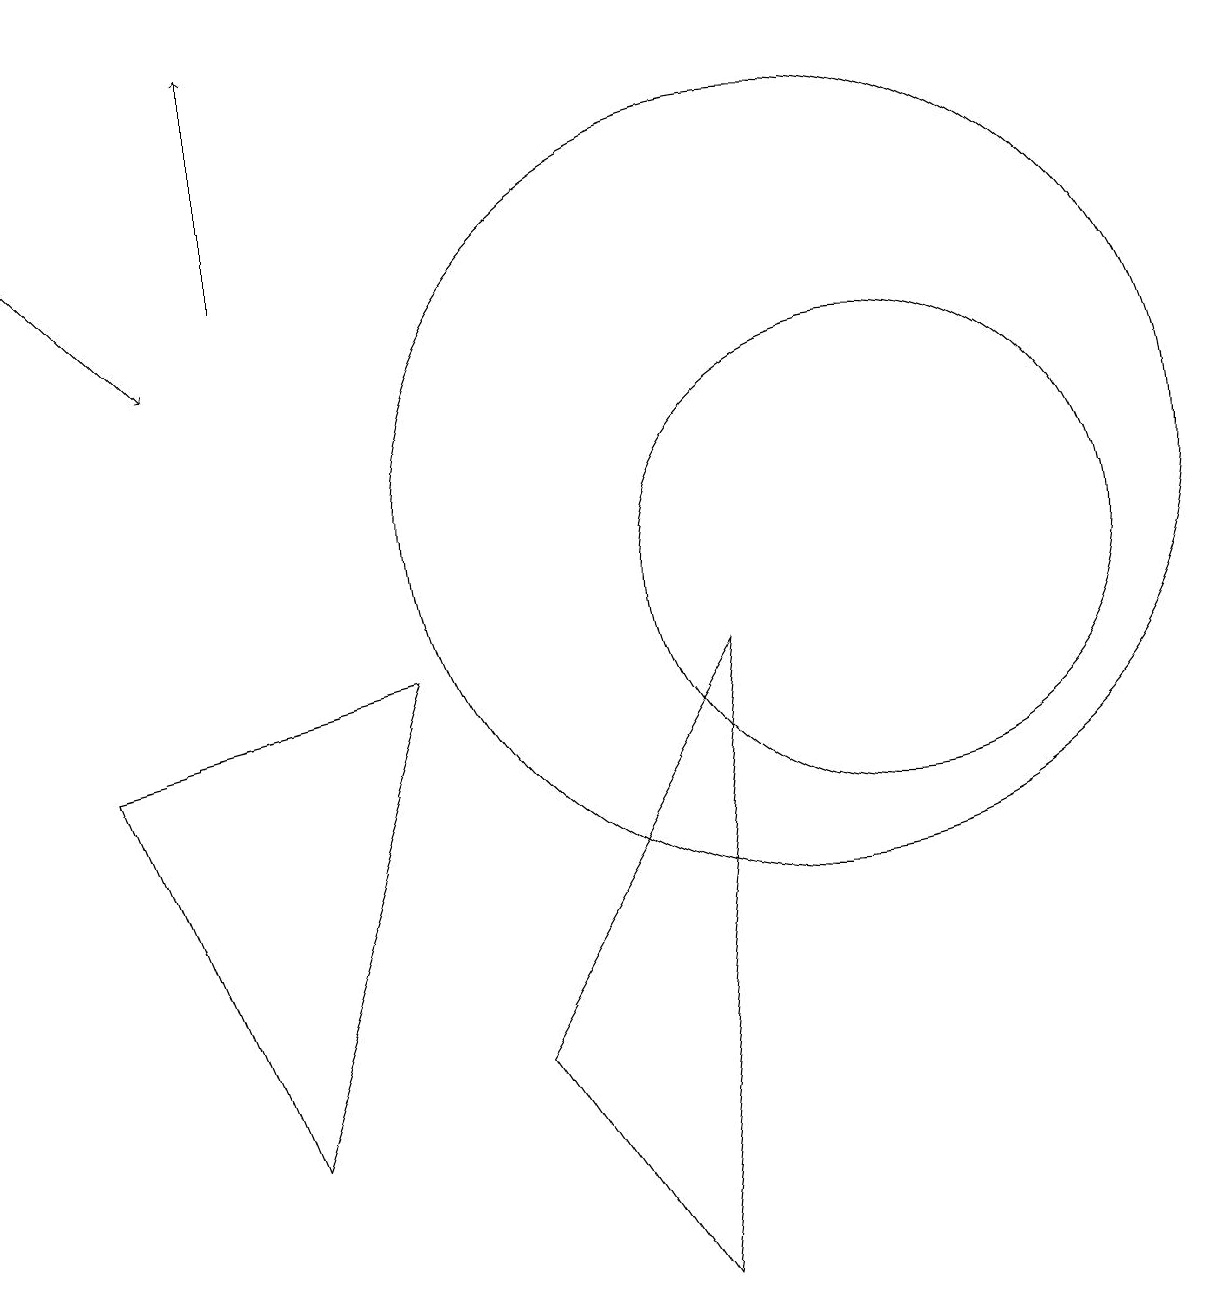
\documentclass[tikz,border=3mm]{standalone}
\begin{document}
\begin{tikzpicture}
\draw (11,10) circle (3);
\draw (10,11) circle (5);
\draw (6,4) -- (8,1) -- (9,9) -- cycle;
\draw (1,8) -- (3,3) -- (5,9) -- cycle;
\draw[->] (0,15) -- (2,13);
\draw[->] (3,14) -- (3,17);
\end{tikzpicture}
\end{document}